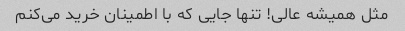
مثل همیشه عالی! تنها جایی که با اطمینان خرید می‌کنم